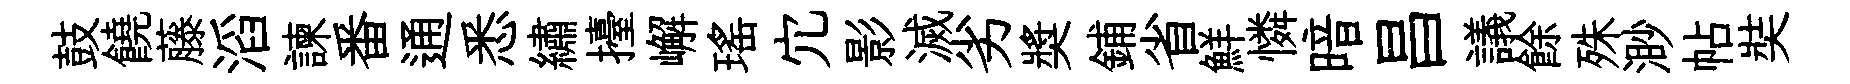
鼓饒藤滔諫番通悉繡擡嶰瑶宂影滅劣奬鋪省鮮憐暗昌議餘殊渺帖奘